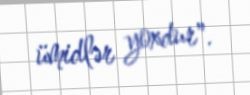
ümidlər yoxdur".